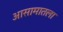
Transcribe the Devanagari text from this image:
आसामातला